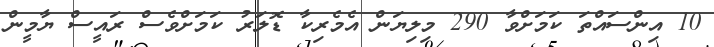
10 އިންސައްތަ ކަމަށްވާ 290 މިލިޔަން އެމެރިކާ ޑޮލަރު ކަމަށްވެސް ރައީސް ޔާމީން